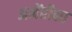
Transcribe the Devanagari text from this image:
अमेंरीका